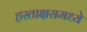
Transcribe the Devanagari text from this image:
हस्ताक्षरामध्ये